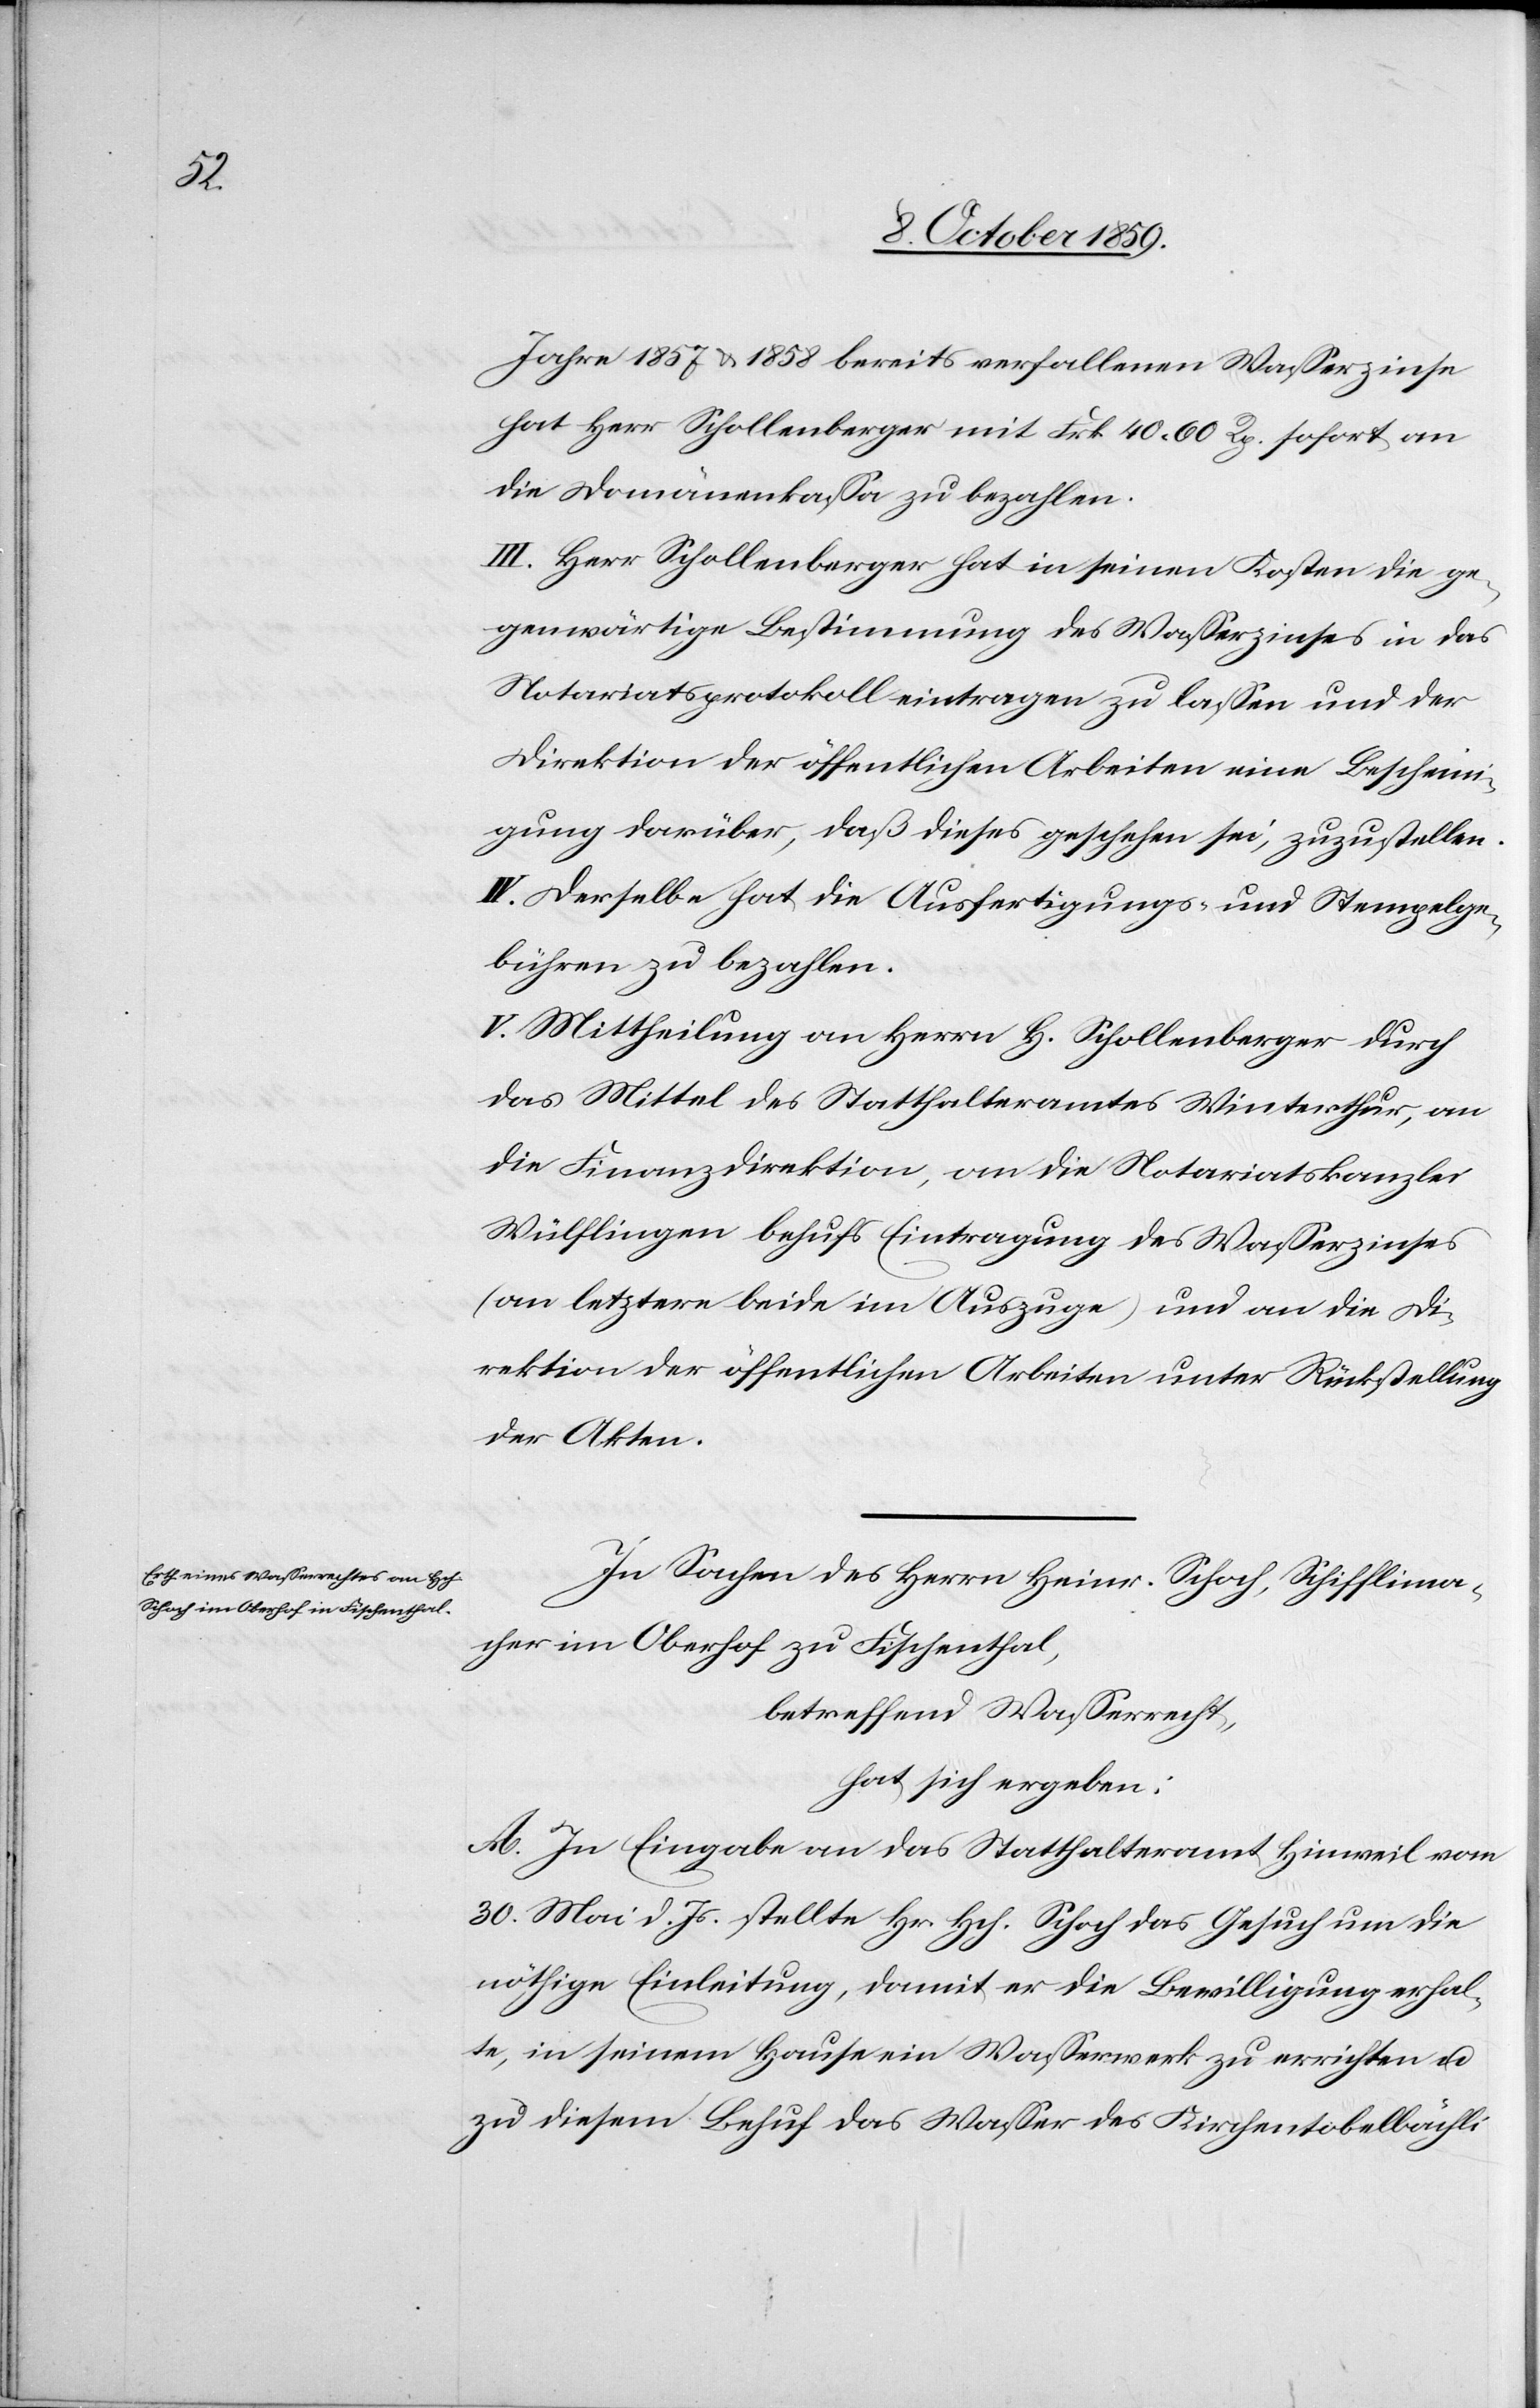
Jahre 1857 & 1858 bereits verfallenen Wasserzinse
hat Herr Schollenberger mit Frk. 40 60 Rp. an
die Domänenkasse zu bezahlen.
III. Herr Schollenberger hat in seinen Kosten die ge¬
genwärtige Bestimmung des Wasserzinses in das
Notariatsprotokoll eintragen zu lassen und der
Direktion der öffentlichen Arbeiten eine Bescheini¬
gung darüber, daß dieses geschehen sei, zuzustellen.
IV. Derselbe hat die Ausfertigungs- und Stempelge¬
bühren zu bezahlen.
V. Mittheilung an Herrn H. Schollenberger durch
das Mittel des Statthalteramtes Winterthur, an
die Finanzdirektion, an die Notariatskanzlei
Wülflingen behufs Eintragung des Wasserzinses
(an letztere beide im Auszuge) und an die Di¬
rektion der öffentlichen Arbeiten unter Rückstellung
der Akten.
In Sachen des Herrn Heinr. Schoch, Schifflima¬
cher im Oberhof zu Fischenthal,
betreffend Wasserrecht,
hat sich ergeben:
A. In Eingabe an das Statthalteramt Hinweil vom
30. Mai d. Js. stellte Hr. Hch. Schoch das Gesuch um die
nöthige Einleitung, damit er die Bewilligung erhal¬
te, in seinem Hause ein Wasserwerk zu errichten u.
zu diesem Behuf das Wasser des Kirchentobelbächli